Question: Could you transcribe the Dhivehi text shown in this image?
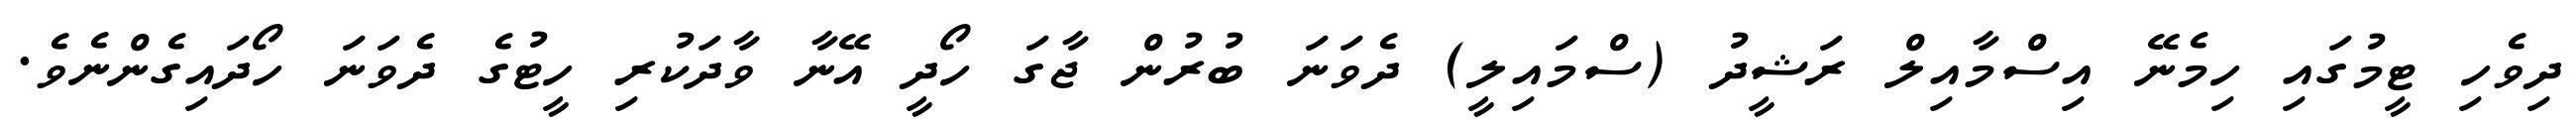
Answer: ދިވެހި ޓީމުގައި ހިމެނޭ އިސްމާއިލް ރަޝީދު (ސްމައިލީ) ދެވަނަ ބުރުން ޖާގަ ހޯދީ އޭނާ ވާދަކުރި ހީޓުގެ ދެވަނަ ހޯދައިގެންނެވެ.